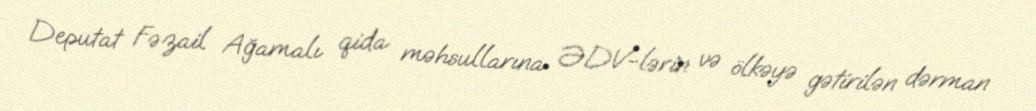
Deputat Fəzail Ağamalı qida məhsullarına ƏDV-lərin və ölkəyə gətirilən dərman